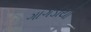
ગાગડીયો